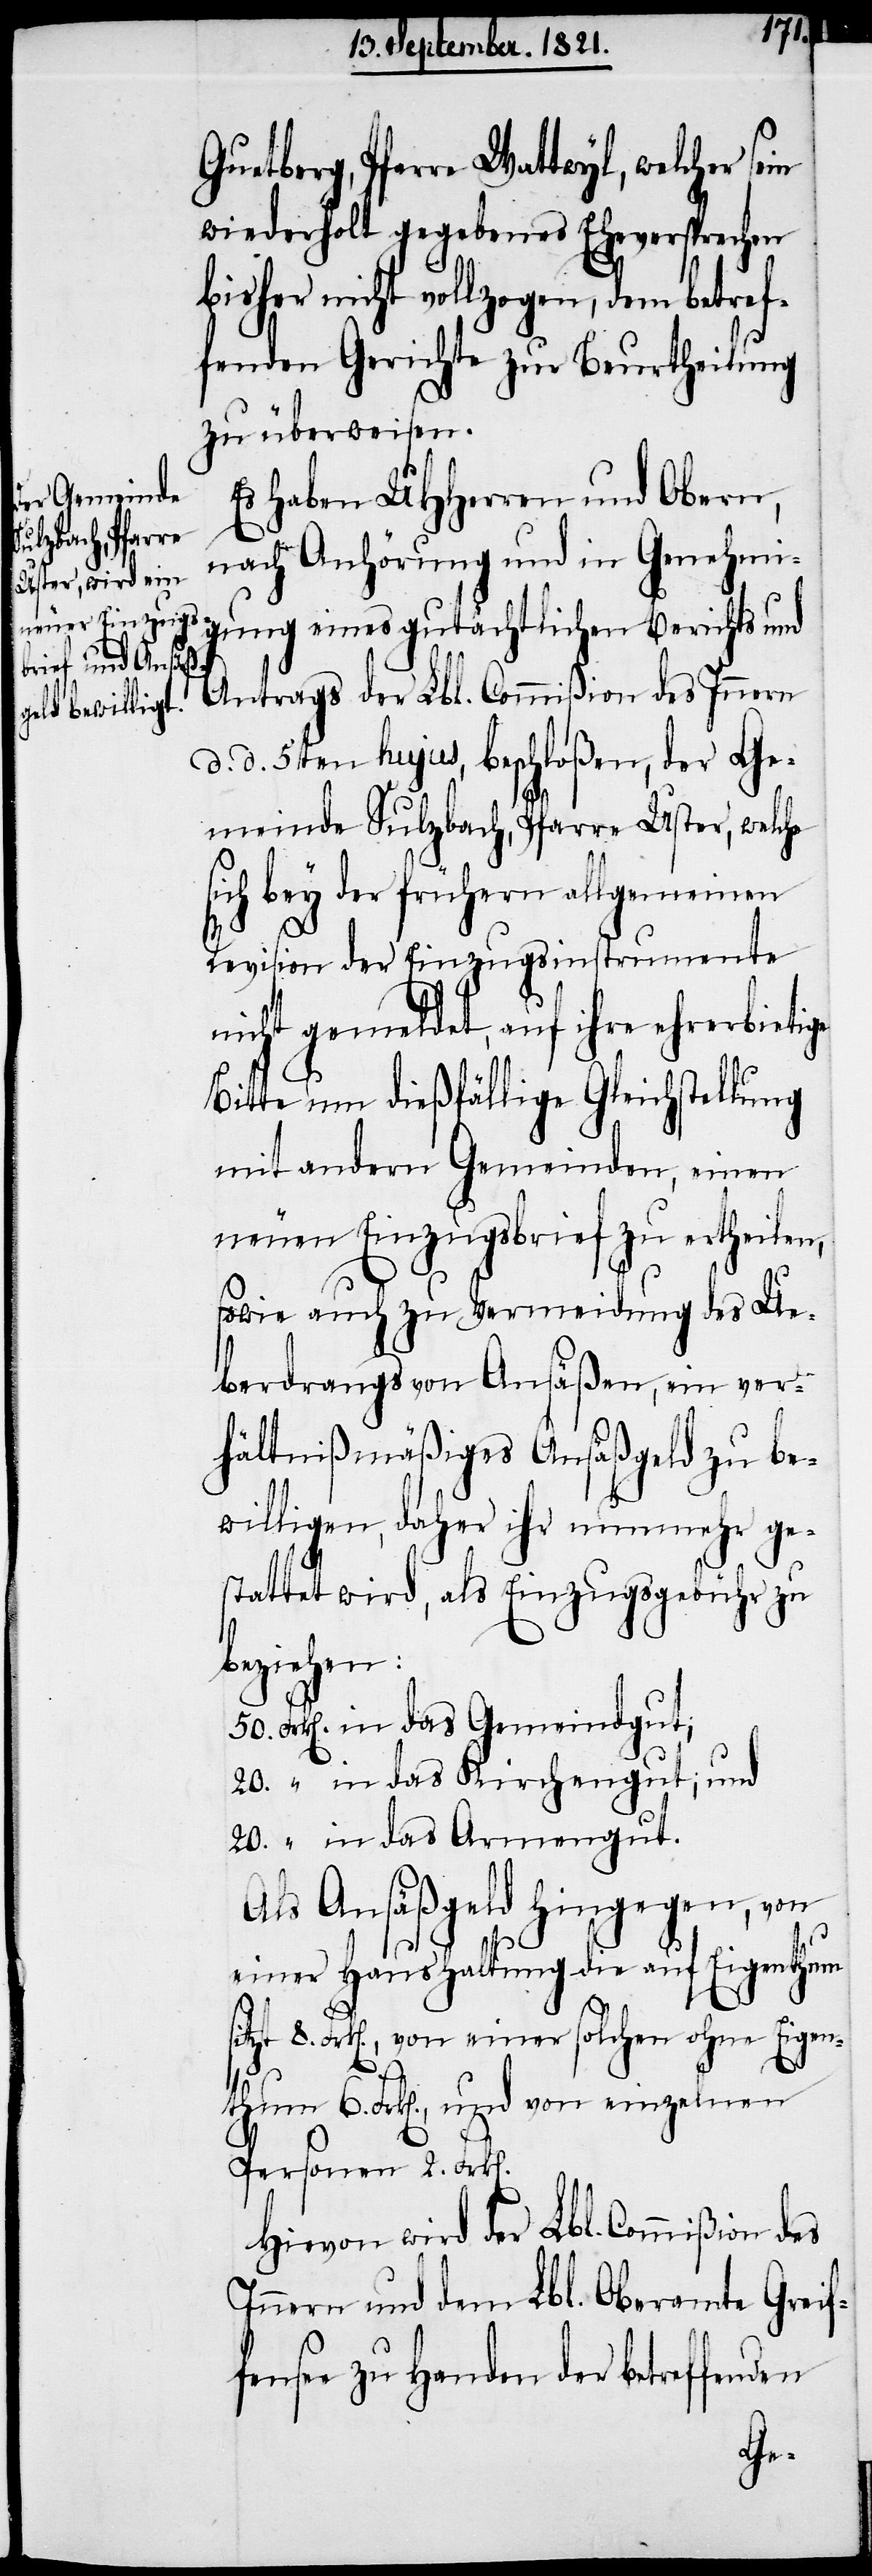
n].
Guetberg, Pfarre Wattwyl, welcher
wiederholt gegebenes Eheversprechen
bisher nicht vollzogen, dem betref¬
fenden Gerichte zur Beurtheilung
zu überweisen.
Es haben UHHerren und Obern,
nach Anhörung und in Genehmi¬
gung eines gutächtlichen Berichts und
Antrags der Lbl. Commißion des Innern
d. d. 15ten hujus, beschloßen, der Ge¬
meinde Sulzbach, Pfarre Uster, welche
ich bey der früheren allgemeinen
Revision der Einzugsinstrumente
nicht gemeldet, auf ihre ehrerbietige
Bitte um dießfällige Gleichstellung
mit andern Gemeinden, einen
neuen Einzugsbrief zu ertheilen,
sowie auch zu Vermeidung des Ue¬
berdrangs von Ansäßen, ein ver¬
hältnißmäßiges Ansäßgeld zu be¬
willigen, daher ihr nunmehr ge¬
stattet wird, als Einzugsgebühr zu
einzelnen
Frk[en]. 	in das Gemeindgut;
20. 	“	in das Kirchengut; und
20.	“	in das Armengut.
Als Ansäßgeld hingegen, von
einer Haushaltung die auf Eigenthum
Personen 2. Frk[e¬
Hievon wird der Lbl. Commißion des
Innern und dem Lbl. Oberamte Greif¬
fensee zu Handen der betreffenden